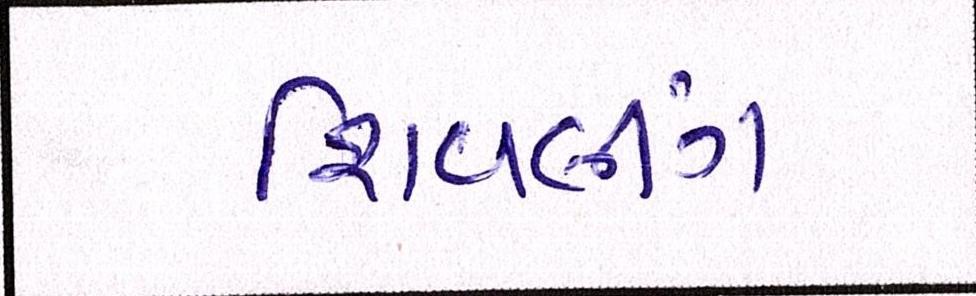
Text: શિવલીંગ